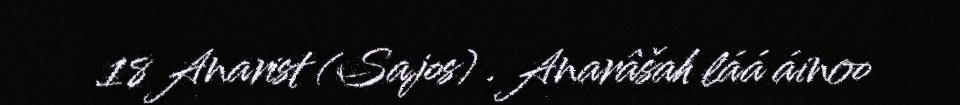
18 Anarist (Sajos) . Anarâšah láá áinoo